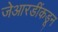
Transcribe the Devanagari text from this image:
जेआरडींकडून